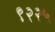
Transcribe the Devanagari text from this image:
९२२५